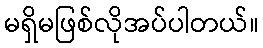
မရှိမဖြစ်လိုအပ်ပါတယ်။